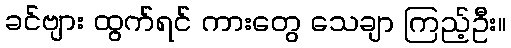
ခင်ဗျား ထွက်ရင် ကားတွေ သေချာ ကြည့်ဦး။